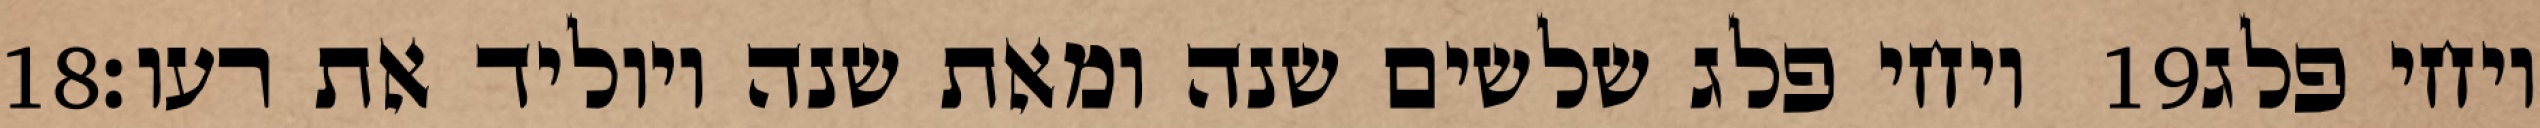
‎18‏ ויחי פלג שלשים שנה ומאת שנה ויוליד את רעו׃ ‎19‏ ויחי פלג